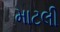
માટલી